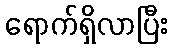
ရောက်ရှိလာပြီး